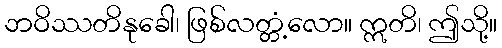
ဘဝိဿတိနုခေါ၊ ဖြစ်လတ္တံ့လော။ ဣတိ၊ ဤသို့။